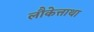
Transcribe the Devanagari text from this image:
लौकेत्ताथा